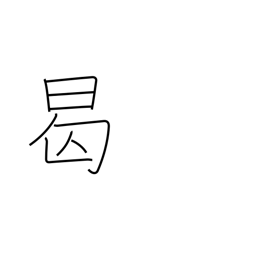
Meaning: when